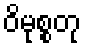
ဝိမုစ္စတု